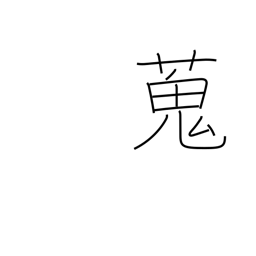
Meaning: gather